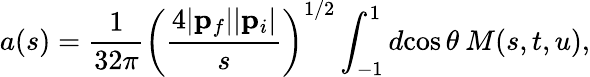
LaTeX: a(s)=\frac{1}{32\pi}\left(\frac{4|{\mathbf p}_{f}||{\mathbf p}_{i}|}{s}\right)^{1/2}\int_{-1}^{1}d\! \cos\theta\: M(s,t,u),